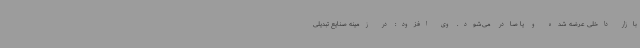
بازار داخلی عرضه شده و یا صادر می‌شود. وی افزود: در زمینه صنایع تبدیلی